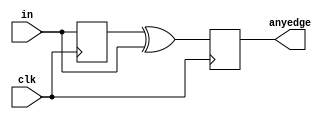
module top_module (
    input clk,
    input [7:0] in,
    output [7:0] anyedge
);
    reg  [7:0] in_reg;
    wire [7:0] anyedge_n;

    always @(posedge clk) begin
        in_reg <= in;
        anyedge <= anyedge_n;
    end

    assign anyedge_n = in_reg ^ in;
endmodule